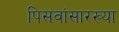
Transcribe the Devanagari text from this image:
पिसवांसारख्या